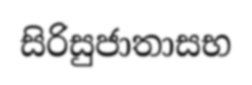
සිරිසුජාතාසභ